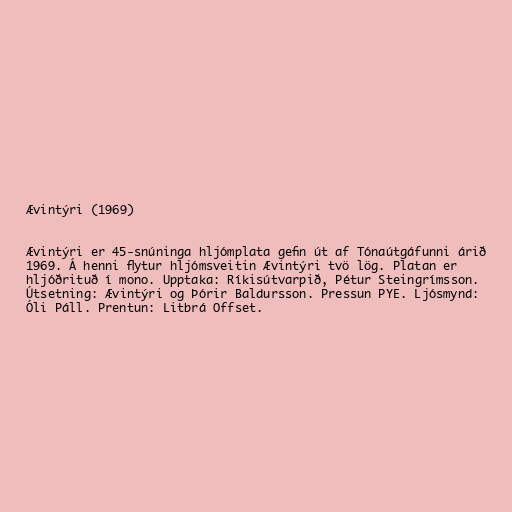
Ævintýri (1969)

Ævintýri er 45-snúninga hljómplata gefin út af Tónaútgáfunni árið
1969. Á henni flytur hljómsveitin Ævintýri tvö lög. Platan er
hljóðrituð í mono. Upptaka: Ríkisútvarpið, Pétur Steingrímsson.
Útsetning: Ævintýri og Þórir Baldursson. Pressun PYE. Ljósmynd:
Óli Páll. Prentun: Litbrá Offset.